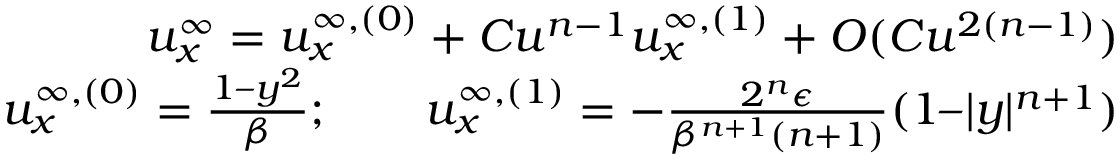
\begin{array} { r } { u _ { x } ^ { \infty } = u _ { x } ^ { \infty , ( 0 ) } + C u ^ { n - 1 } u _ { x } ^ { \infty , ( 1 ) } + O ( C u ^ { 2 ( n - 1 ) } ) } \\ { u _ { x } ^ { \infty , ( 0 ) } = \frac { 1 – y ^ { 2 } } { \beta } ; \qquad u _ { x } ^ { \infty , ( 1 ) } = - \frac { 2 ^ { n } \epsilon } { \beta ^ { n + 1 } ( n + 1 ) } ( 1 – | y | ^ { n + 1 } ) } \end{array}